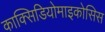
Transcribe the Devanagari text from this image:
काक्सिडियोमाइकोसिस